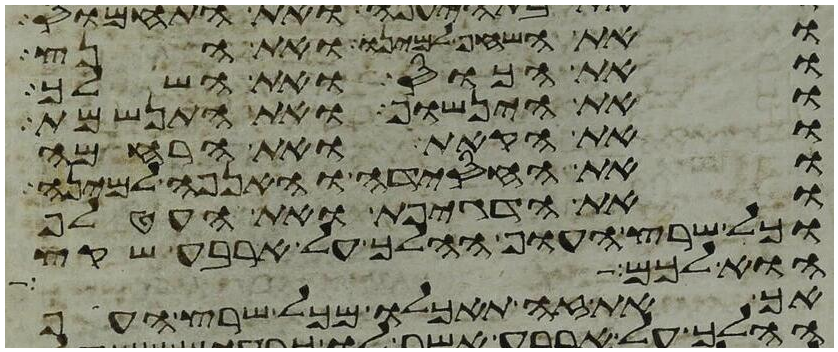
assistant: ואת השחף למינו ואת הנץ
ואת הכוס ואת השלך
ואת הינשוף ואת התנשמת
ואת הקאת ואת הרחמה
ואת החסידה והאנפה למינה
ואת הדגיפת ואת העטלף
כל שרץ העוף ההלך על ארבע שקץ
הוא לכם
אך את זה תאכלו מכל שרץ העוף